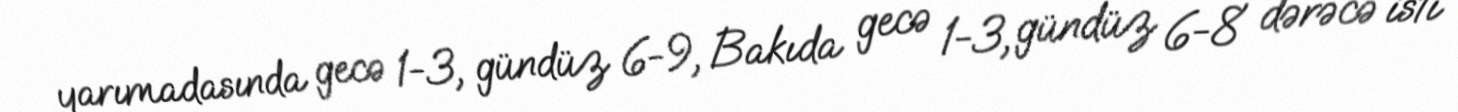
yarımadasında gecə 1-3, gündüz 6-9, Bakıda gecə 1-3, gündüz 6-8 dərəcə isti